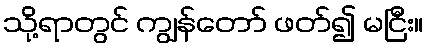
သို့ရာတွင် ကျွန်တော် ဖတ်၍ မငြီး။